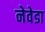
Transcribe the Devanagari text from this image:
नेवेडा